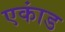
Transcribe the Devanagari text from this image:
एकांड